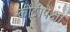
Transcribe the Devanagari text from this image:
कोंटीपेक्षा